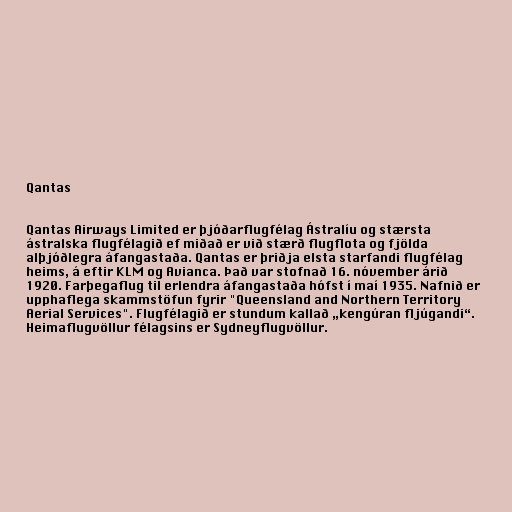
Qantas

Qantas Airways Limited er þjóðarflugfélag Ástralíu og stærsta
ástralska flugfélagið ef miðað er við stærð flugflota og fjölda
alþjóðlegra áfangastaða. Qantas er þriðja elsta starfandi flugfélag
heims, á eftir KLM og Avianca. Það var stofnað 16. nóvember árið
1920. Farþegaflug til erlendra áfangastaða hófst í maí 1935. Nafnið er
upphaflega skammstöfun fyrir "Queensland and Northern Territory
Aerial Services". Flugfélagið er stundum kallað „kengúran fljúgandi“.
Heimaflugvöllur félagsins er Sydneyflugvöllur.